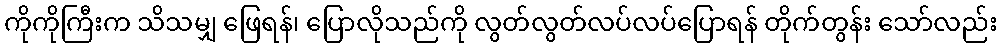
ကိုကိုကြီးက သိသမျှ ဖြေရန်၊ ပြောလိုသည်ကို လွတ်လွတ်လပ်လပ်ပြောရန် တိုက်တွန်း သော်လည်း